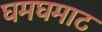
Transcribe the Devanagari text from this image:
घमघमाट